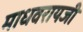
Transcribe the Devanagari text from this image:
माधवरायजी